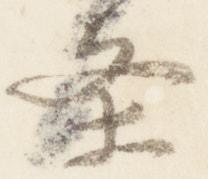
条